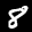
Label: 8